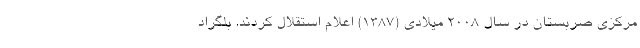
مرکزی صربستان در سال ۲۰۰۸ میلادی (۱۳۸۷) اعلام استقلال کردند. بلگراد